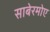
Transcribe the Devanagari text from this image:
साबेरमोए